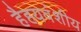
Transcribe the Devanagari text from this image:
हैहयवंशीय